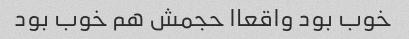
خوب بود واقعاا حجمش هم خوب بود